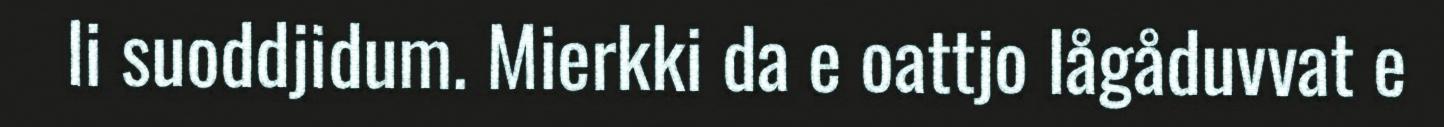
li suoddjidum. Mierkki da e oattjo lågåduvvat e